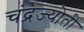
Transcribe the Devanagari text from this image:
चंद्रज्योती